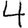
Digit: 4